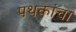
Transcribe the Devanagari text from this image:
पथकांचा